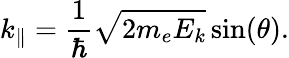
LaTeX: k_{\parallel}=\frac{1}{\hbar}\sqrt{2m_{e}E_{k}}\sin(\theta).